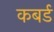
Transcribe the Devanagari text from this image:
कबर्ड